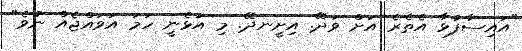
"އައިސާފުޅާ އެތެރެ އަށް ވަދޭ. އިށީނދޭ. މި އުޅެނީ ހަމަ އަވައްޖެއް ނުވެ"